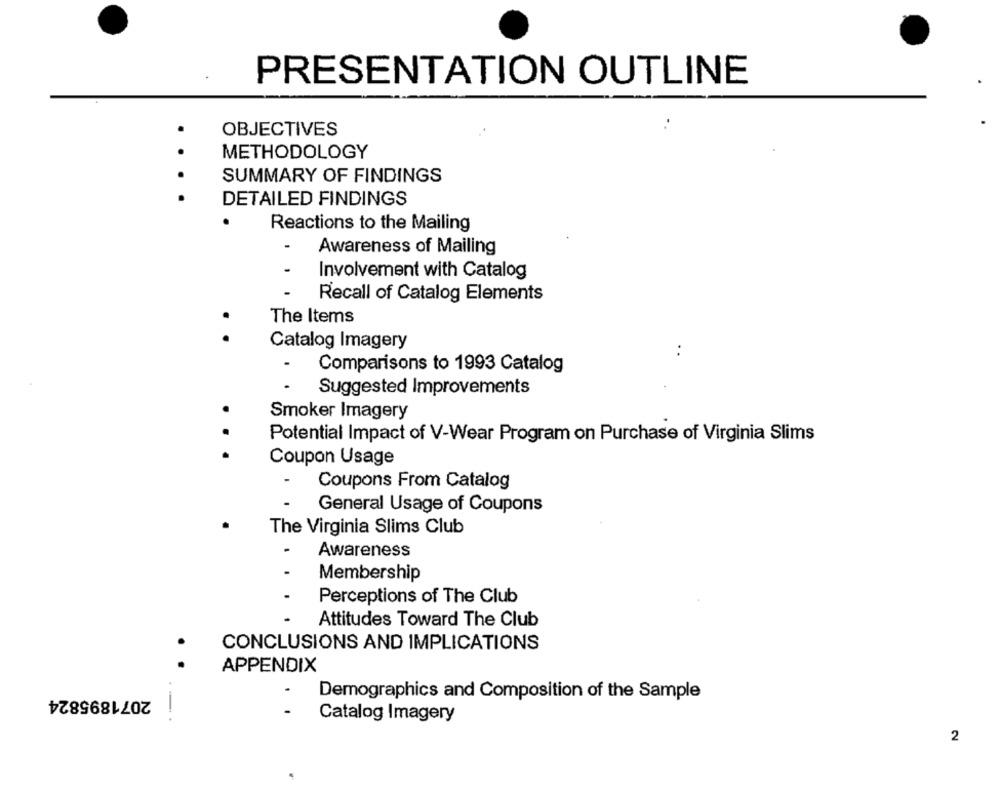
PRESENTATION OUTLINE
OBJECTIVES
METHODOLOGY
SUMMARY OF FINDINGS
DETAILED FINDINGS
Reactions to the Mailing
-
Awareness of Mailing
Involvement with Catalog
Recall of Catalog Elements
.
The Items
Catalog Imagery
Comparisons to 1993 Catalog
Suggested Improvements
Smoker Imagery
Potential Impact of V-Wear Program on Purchase of Virginia Slims
Coupon Usage
Coupons From Catalog
General Usage of Coupons
The Virginia Slims Club
-
Awareness
-
Membership
Perceptions of The Club
Attitudes Toward The Club
CONCLUSIONS AND IMPLICATIONS
APPENDIX
2071895824
Demographics and Composition of the Sample
Catalog Imagery
2